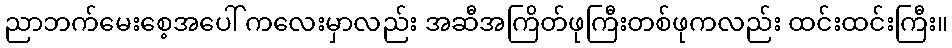
ညာဘက်မေးစေ့အပေါ် ကလေးမှာလည်း အဆီအကြိတ်ဖုကြီးတစ်ဖုကလည်း ထင်းထင်းကြီး။